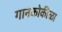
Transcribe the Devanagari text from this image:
गानकोकीळा